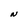
Character: N